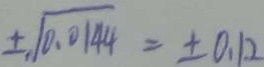
\pm \sqrt { 0 . 0 1 4 4 } = \pm 0 . 1 2